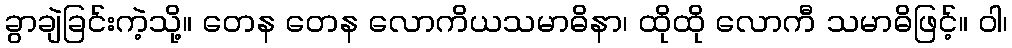
ခွာချဲခြင်းကဲ့သို့။ တေန တေန လောကိယသမာဓိနာ၊ ထိုထို လောကီ သမာဓိဖြင့်။ ဝါ၊